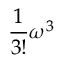
\frac { 1 } { 3 ! } \omega ^ { 3 }